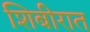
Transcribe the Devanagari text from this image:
शिबीरात